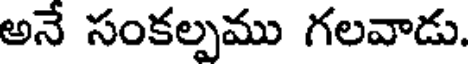
అనే సంకల్పము గలవాడు.